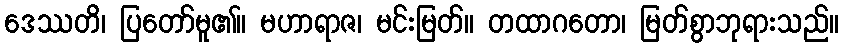
ဒေဿတိ၊ ပြတော်မူ၏။ မဟာရာဇ၊ မင်းမြတ်။ တထာဂတော၊ မြတ်စွာဘုရားသည်။